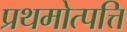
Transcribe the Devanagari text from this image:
प्रथमोत्पत्ति